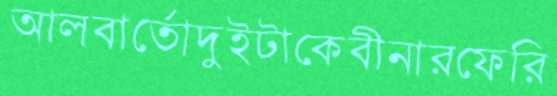
আলবার্তোদুইটাকেবীনারফেরি